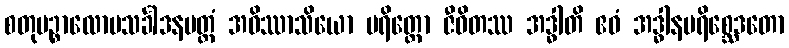
စတုပဉ္စာလောပသင်္ခါဒနမတ္တံ အဝိဿာသိယော ပရိတ္တော ဇီဝိတဿ အဒ္ဓါတိ ဧဝံ အဒ္ဓါနပရိစ္ဆေဒတော